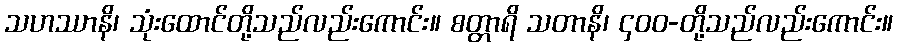
သဟဿာနိ၊ သုံးထောင်တို့သည်လည်းကောင်း။ စတ္တာရိ သတာနိ၊ ၄၀၀-တို့သည်လည်းကောင်း။